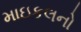
માઇકલનો